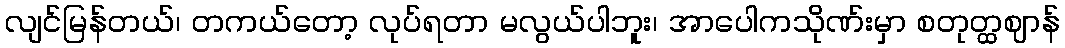
လျင်မြန်တယ်၊ တကယ်တော့ လုပ်ရတာ မလွယ်ပါဘူး၊ အာပေါကသိုဏ်းမှာ စတုတ္ထဈာန်